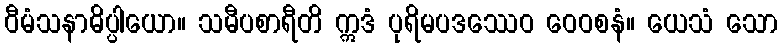
ဝီမံသနာဓိပ္ပါယော။ သမီပစာရီတိ ဣဒံ ပုရိမပဒဿေဝ ဝေဝစနံ။ ယေသံ သော